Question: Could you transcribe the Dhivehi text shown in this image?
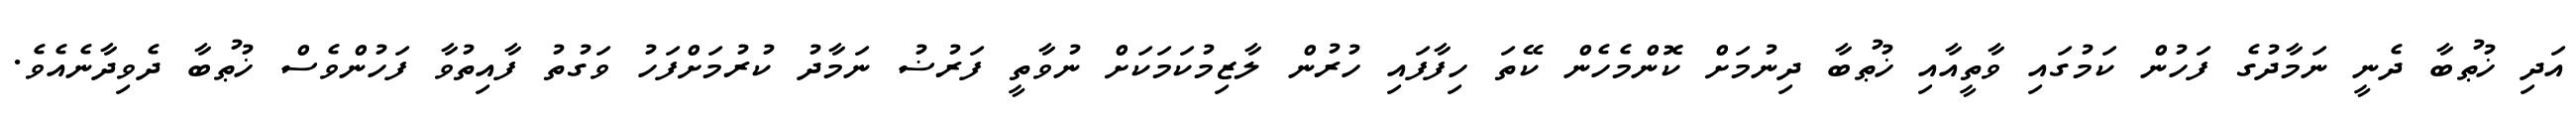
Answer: އަދި ޚުޠުބާ ދެނީ ނަމާދުގެ ފަހުން ކަމުގައި ވާތީއާއި ޚުޠުބާ ދިނުމަށް ކޮންމެހެން ކޭތަ ހިފާފައި ހުރުން ލާޒިމުކަމަކަށް ނުވާތީ ފަރުޟު ނަމާދު ކުރުމަށްފަހު ވަގުތު ފާއިތުވާ ފަހުންވެސް ޚުޠުބާ ދެވިދާނެއެވެ.